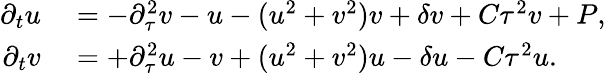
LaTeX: \begin{array}{rl}{\partial_{t}u}&{{}=-\partial_{\tau}^{2}v-u-(u^{2}+v^{2})v+\delta v+C\tau^{2}v+P,}\\ {\partial_{t}v}&{{}=+\partial_{\tau}^{2}u-v+(u^{2}+v^{2})u-\delta u-C\tau^{2}u.}\end{array}